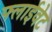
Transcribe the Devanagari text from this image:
फ्लाईवेट